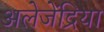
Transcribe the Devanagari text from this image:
अलेजेंद्रिया